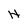
Character: H